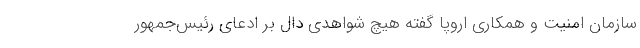
سازمان امنیت و همکاری اروپا گفته هیچ شواهدی دال بر ادعای رئیس‌جمهور